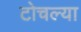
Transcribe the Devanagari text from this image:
टोचल्या